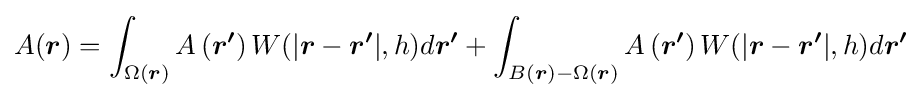
A({\boldsymbol {r}})=\int _{\Omega ({\boldsymbol {r}})}A\left({\boldsymbol {r^{\prime }}}\right)W(|{\boldsymbol {r}}-{\boldsymbol {r^{\prime }}}|,h)d{\boldsymbol {r^{\prime }}}+\int _{B({\boldsymbol {r}})-\Omega ({\boldsymbol {r}})}A\left({\boldsymbol {r^{\prime }}}\right)W(|{\boldsymbol {r}}-{\boldsymbol {r^{\prime }}}|,h)d{\boldsymbol {r^{\prime }}}